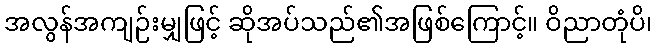
အလွန်အကျဉ်းမျှဖြင့် ဆိုအပ်သည်၏အဖြစ်ကြောင့်။ ဝိညာတုံပိ၊